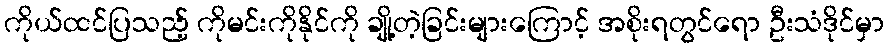
ကိုယ်ထင်ပြသည့် ကိုမင်းကိုနိုင်ကို ချို့တဲ့ခြင်းများကြောင့် အစိုးရတွင်ရော ဦးသံဒိုင်မှာ